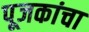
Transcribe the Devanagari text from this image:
पूजकांचा